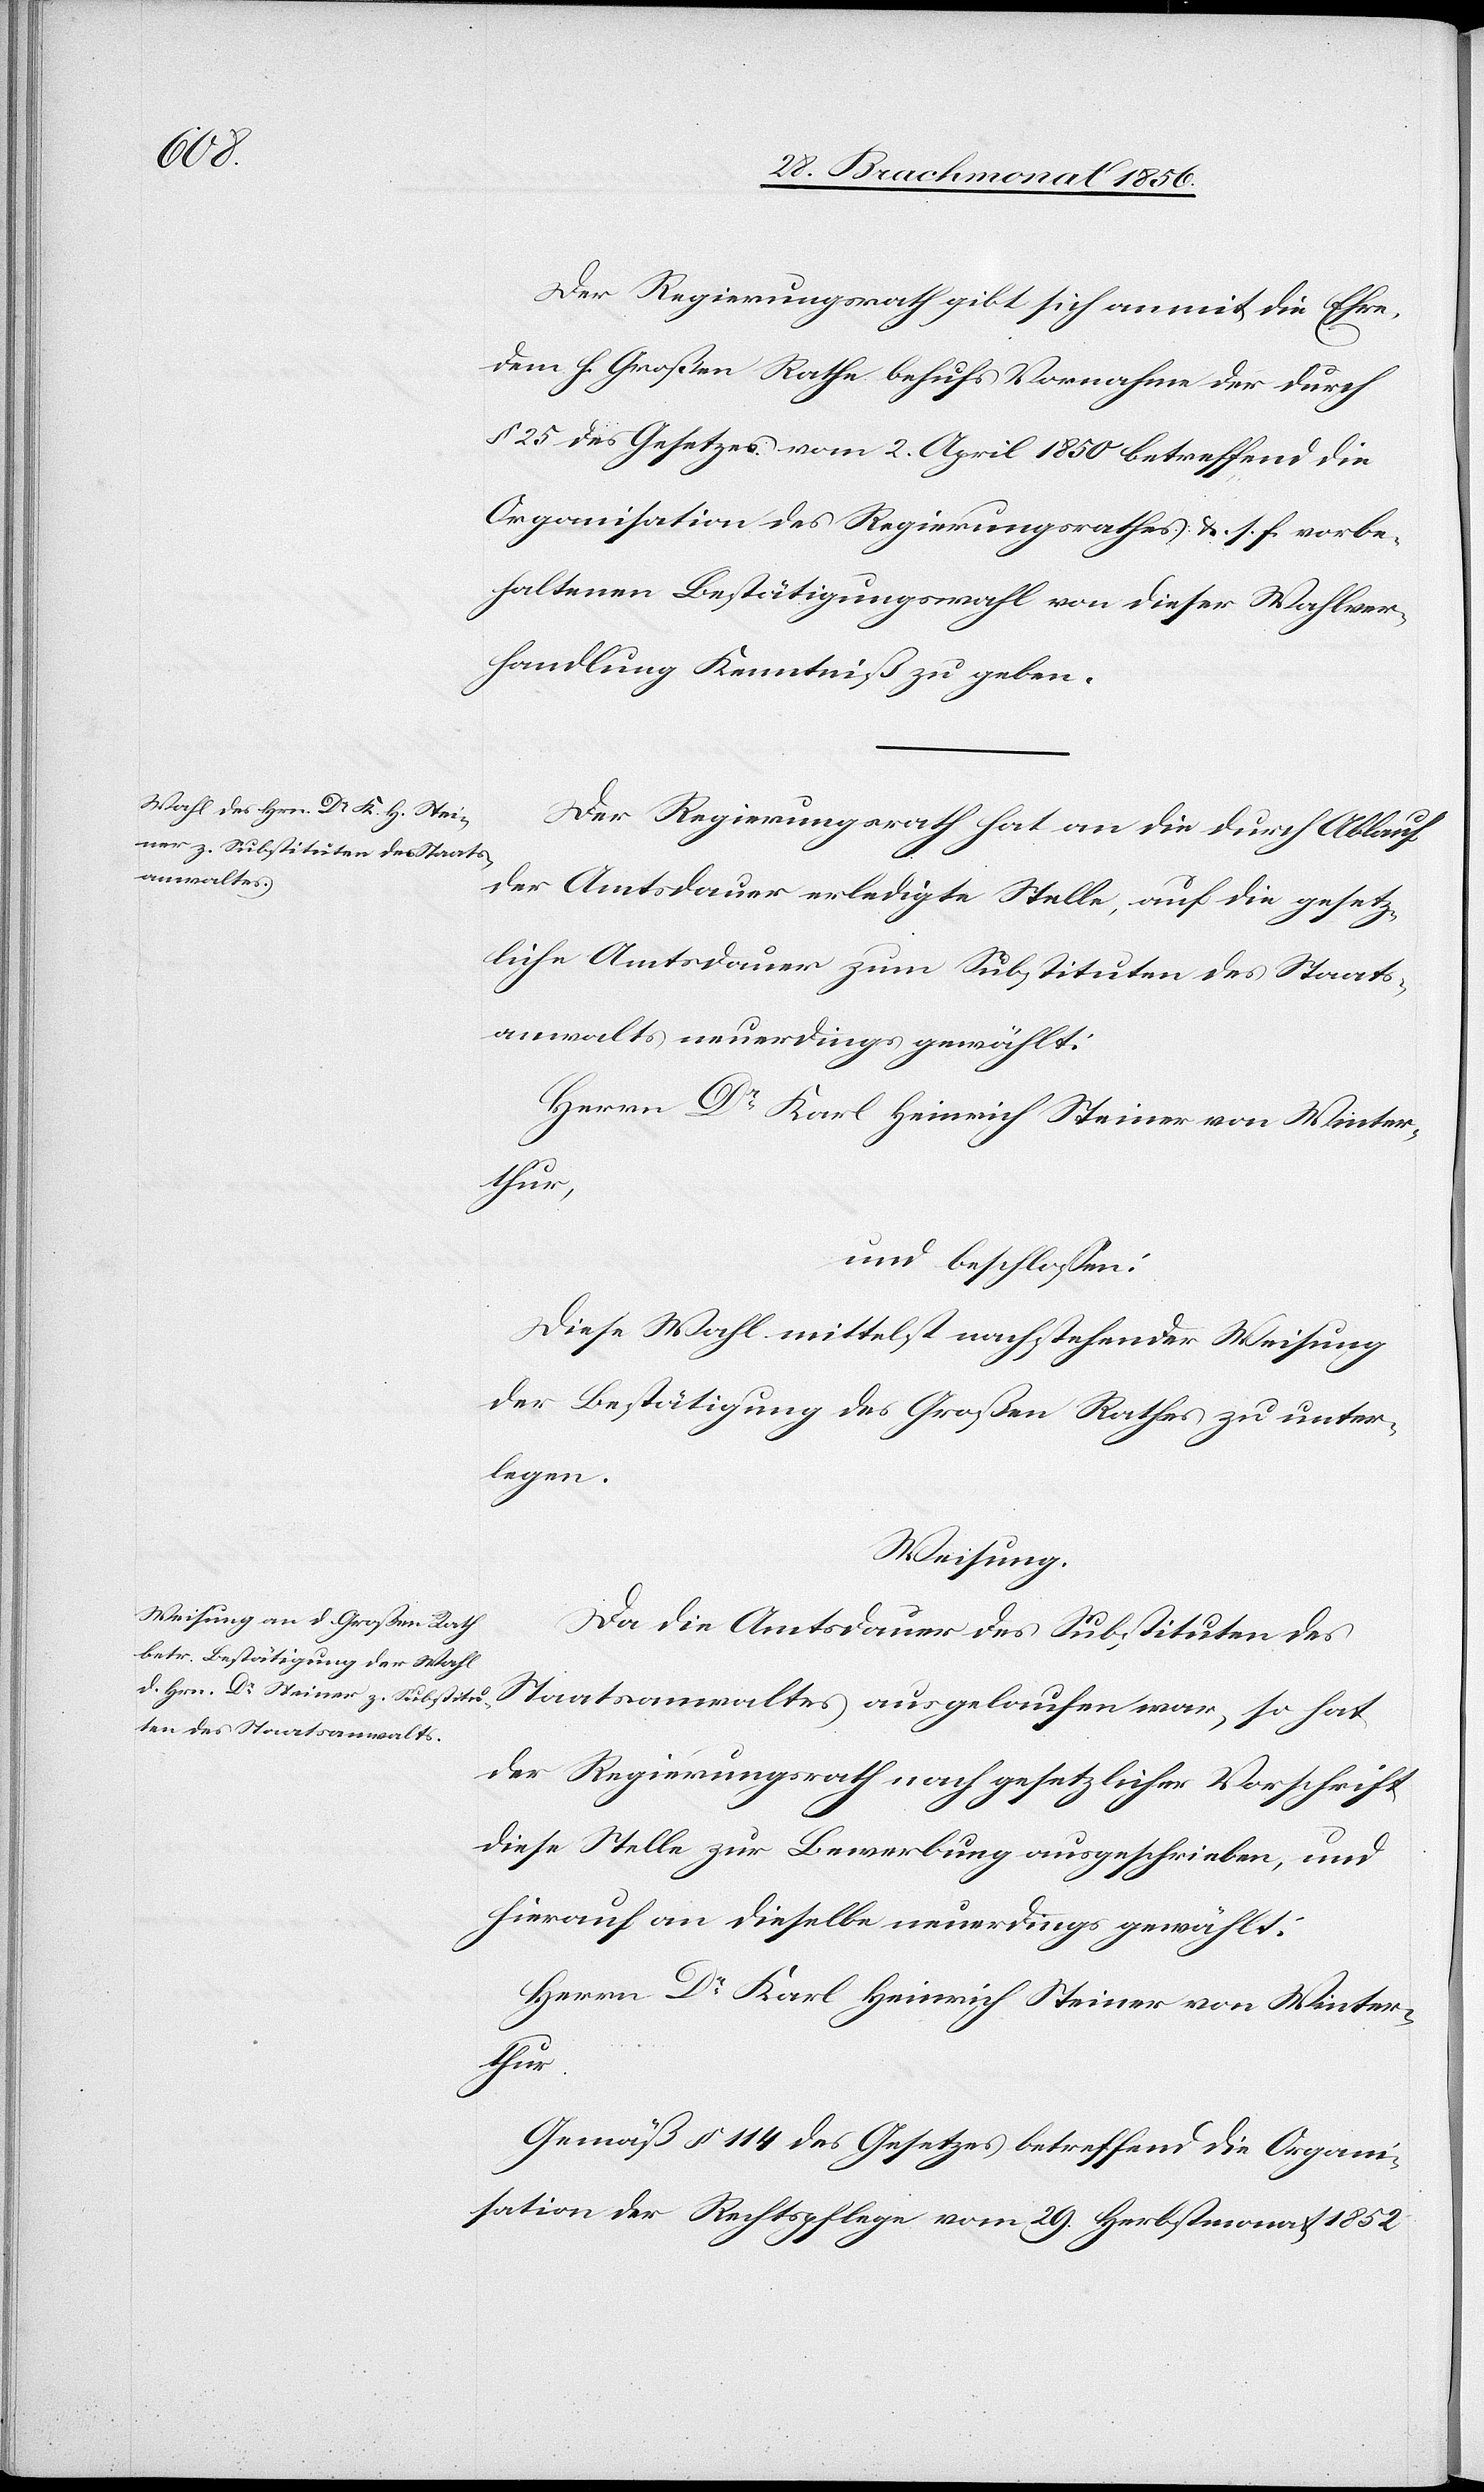
Der Regierungsrath gibt sich anmit die Ehre,
dem h. Großen Rathe behufs Vornahme der durch
§ 25 des Gesetzes vom 2. April 1850 betreffend die
Organisation des Regierungsrathes &. s. f. vorbe¬
haltenen Bestätigungswahl von dieser Wahlver¬
handlung Kenntniß zu geben.
Der Regierungsrath hat an die durch Ablauf
der Amtsdauer erledigte Stelle, auf die gesetz¬
liche Amtsdauer zum Substituten des Staats¬
anwalts neuerdings gewählt:
Herrn Dr Karl Heinrich Steiner von Winter¬
thur.
und beschlossen:
Diese Wahl mittelst nachstehender Weisung
der Bestätigung des Großen Rathes zu unter¬
legen.
Weisung.
Da die Amtsdauer des Substituten des
Staatsanwaltes ausgelaufen war, so hat
der Regierungsrath nach gesetzlicher Vorschrift
diese Stelle zur Bewerbung ausgeschrieben, und
hierauf an dieselbe neuerdings gewählt:
Herrn Dr Karl Heinrich Steiner von Winter¬
Gemäß § 114 des Gesetzes betreffend die Organi¬
sation der Rechtspflege vom 29. Herbstmonat 1852